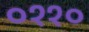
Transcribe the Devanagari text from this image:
०११०